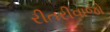
રીતરીવાજો